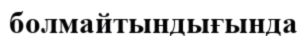
болмайтындығында